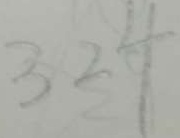
3 2 4